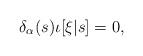
LaTeX: \begin{align*}\delta_\alpha(s) \iota[\xi|s] = 0,\end{align*}